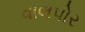
વાલપોર